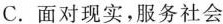
C.面对现实，服务社会